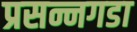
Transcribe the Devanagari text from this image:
प्रसन्नगडा